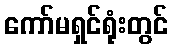
ကော်မရှင်ရုံးတွင်